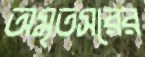
অমৃতসরের